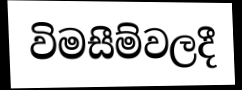
විමසීම්වලදී